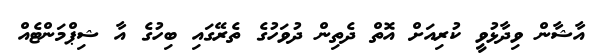
އާޝާން ވިދާޅުވީ ކުރިއަށް އޮތް ދެތިން ދުވަހުގެ ތެރޭގައި ބިހުގެ އާ ޝިޕްމަންޓެއް